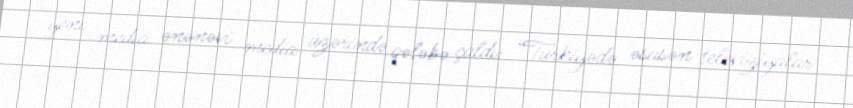
yeni media ənənəvi media üzərində qələbə çaldı: “Türkiyədə əsasən televiziyalar